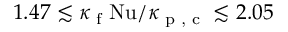
1 . 4 7 \lesssim \kappa _ { \textrm { f } } \mathrm { N u } / \kappa _ { \textrm { p , c } } \lesssim 2 . 0 5